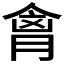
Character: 𫣍